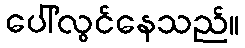
ပေါ်လွင်နေသည်။